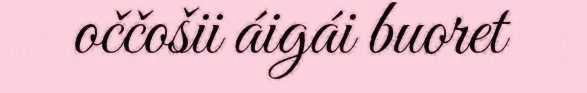
oččošii áigái buoret